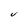
Character: U